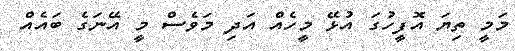
މަމީ ތިޔަ އޮފީހުގަ އުޅޭ މީހެއް އަދި މަވެސް މީ އޭނަގެ ބައެއް